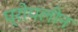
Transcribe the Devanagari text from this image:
प्रोपलीन